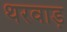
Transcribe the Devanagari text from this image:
थरवाड़